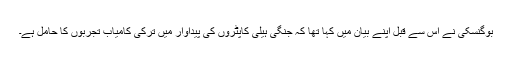
بوگنسکی نے اس سے قبل اپنے بیان میں کہا تھا کہ جنگی ہیلی کاپٹروں کی پیداوار میں ترکی کامیاب تجربوں کا حامل ہے۔